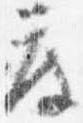
度